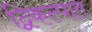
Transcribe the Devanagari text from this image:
द्विकल्पात